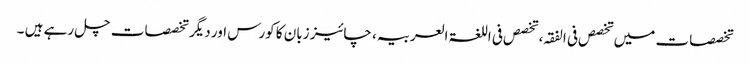
تخصصات میں تخصص فی الفقہ، تخصص فی اللغۃ العربیہ، چائیز زبان کا کورس اور دیگر تخصصات چل رہے ہیں ۔